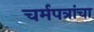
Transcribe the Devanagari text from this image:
चर्मपत्रांचा